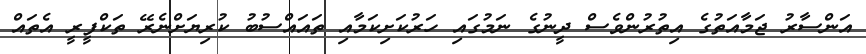
އަންސާރު ޖަމާއަތުގެ އިތުރުންވެސް ދީނުގެ ނަމުގައި ހަރުކަށިކަމާއި ތައައްސުބު ކުރިޔަށްނެރޭ ތަކްފީރީ އެތައް